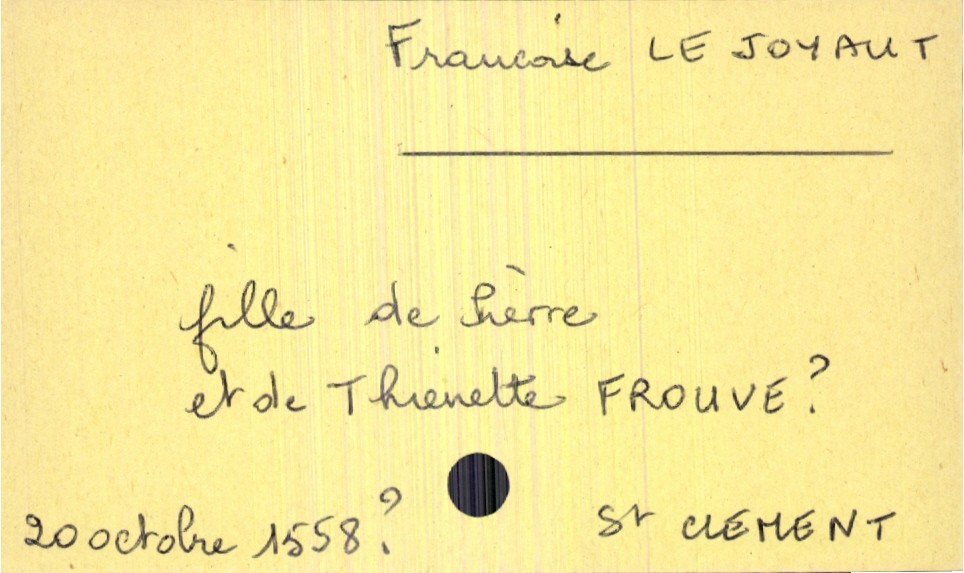
type_acte: Baptême
observations: interrogation sur la date de l'acte et le nom de la mère
filiation: fille
enfant_prénom: Françoise
enfant_date_de_naissance: 20 octobre 1558
enfant_lieu_de_naissance: Saint Clement
père_enfant_nom: Lejoyaut
père_enfant_prénom: Pierre
mère_enfant_nom: Frouve
mère_enfant_prénom: Thienette